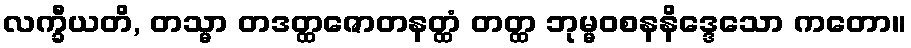
လက္ခီယတိ, တသ္မာ တဒတ္ထဇောတနတ္ထံ တတ္ထ ဘုမ္မဝစနနိဒ္ဒေသော ကတော။